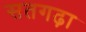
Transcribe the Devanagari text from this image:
सतगढ़ा